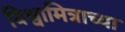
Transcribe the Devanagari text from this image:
विश्वामित्राच्या